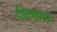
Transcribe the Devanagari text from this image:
जिबला